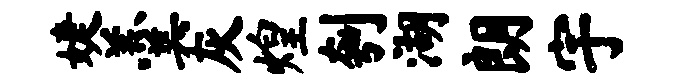
婕羹灰煌刳湖朗宇